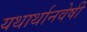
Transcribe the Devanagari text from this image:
यथार्थानवेषी